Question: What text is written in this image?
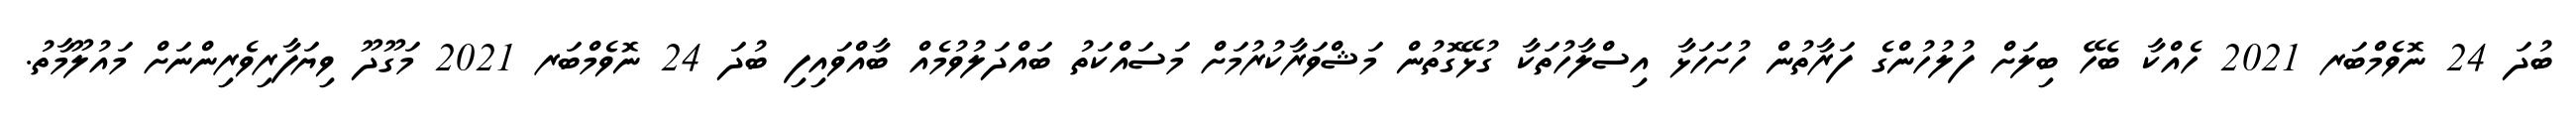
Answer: ބުދަ 24 ނޮވެމްބަރ 2021 ހެއްކާ ބެހޭ ބިލަށް ފުލުހުންގެ ފަރާތުން ހުށަހަޅާ އިސްލާހުތަކާ ގުޅޭގޮތުން މަޝްވަރާކުރުމަށް މަސައްކަތު ބައްދަލުވުމެއް ބާއްވައިފި ބުދަ 24 ނޮވެމްބަރ 2021 މަގޫދޫ ވިޔަފާރިވެރިންނަށް މައުލޫމާތު.